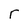
Character: r